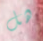
هل